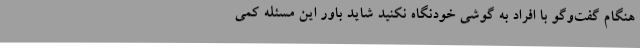
هنگام گفت‌وگو با افراد به گوشی خودنگاه نکنید شاید باور این مسئله کمی